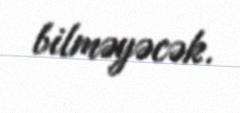
bilməyəcək.